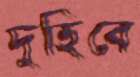
দুহিবে